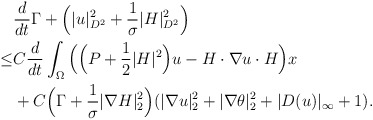
\begin{align*}& \frac{d}{dt}\Gamma+\Big(| u|^2_{D^2}+\frac{1}{\sigma}| H|^2_{D^2}\Big)\\\leq & C\frac{d}{dt}\int_{\Omega}\Big(\Big(P+\frac{1}{2}|H|^2\Big) u- H\cdot \nabla u\cdot H\Big)x \\&+C\Big(\Gamma+\frac{1}{\sigma}|\nabla H|^2_2\Big)(|\nabla u|^2_2+|\nabla \theta|^2_2+|D(u)|_\infty+1).\end{align*}